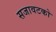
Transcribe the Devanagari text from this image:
सजावटको